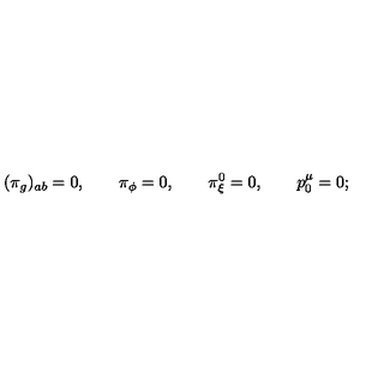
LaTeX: \qquad ( \pi _ { g } ) _ { a b } = 0 , \qquad \pi _ { \phi } = 0 , \qquad \pi _ { \xi } ^ { 0 } = 0 , \qquad p _ { 0 } ^ { \mu } = 0 ;